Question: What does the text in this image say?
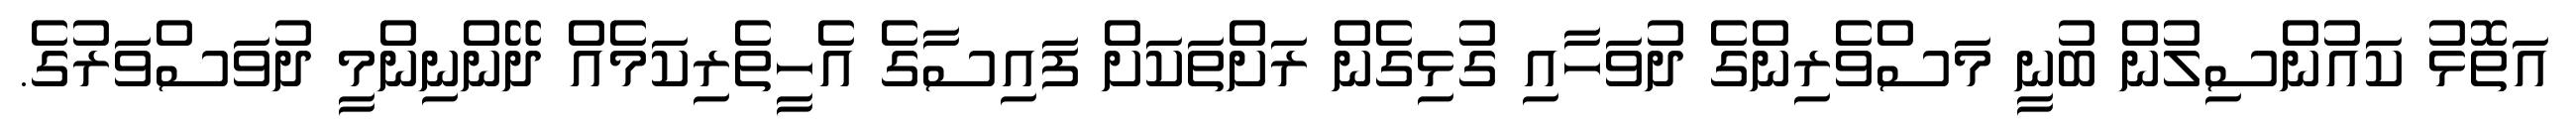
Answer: އަތޮޅު ކައުންސިލުން ބުނީ މަސްވެރިންގެ ދުވަހާއި ގުޅިގެން ރަށްތަކަށް ފައިސާގެ އެހީތެރިކަމެއް ދޭންނިންމީ ދުވަސްވަރުގެ.